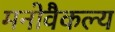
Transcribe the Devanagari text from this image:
मनोवैकल्य